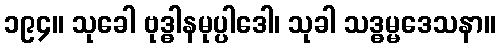
၁၉၄။ သုခေါ ဗုဒ္ဓါနမုပ္ပါဒေါ၊ သုခါ သဒ္ဓမ္မဒေသနာ။